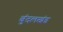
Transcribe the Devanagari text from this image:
बुंदलखंड